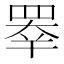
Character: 𥇡